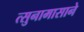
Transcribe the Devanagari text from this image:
त्सुनामासाने